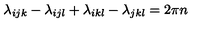
\lambda _ { i j k } - \lambda _ { i j l } + \lambda _ { i k l } - \lambda _ { j k l } = 2 \pi n \nonumber